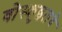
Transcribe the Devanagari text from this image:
वोस्कुइलचे